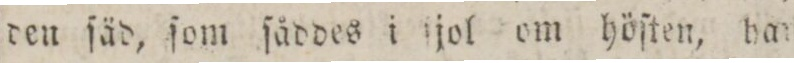
den ſäd, ſom ſådddes i ſjol om höſten, har